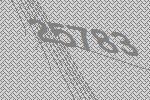
25783